Civil Veterinary Dept. Assam report 1927-50 - 1927-1950
Year: 1927
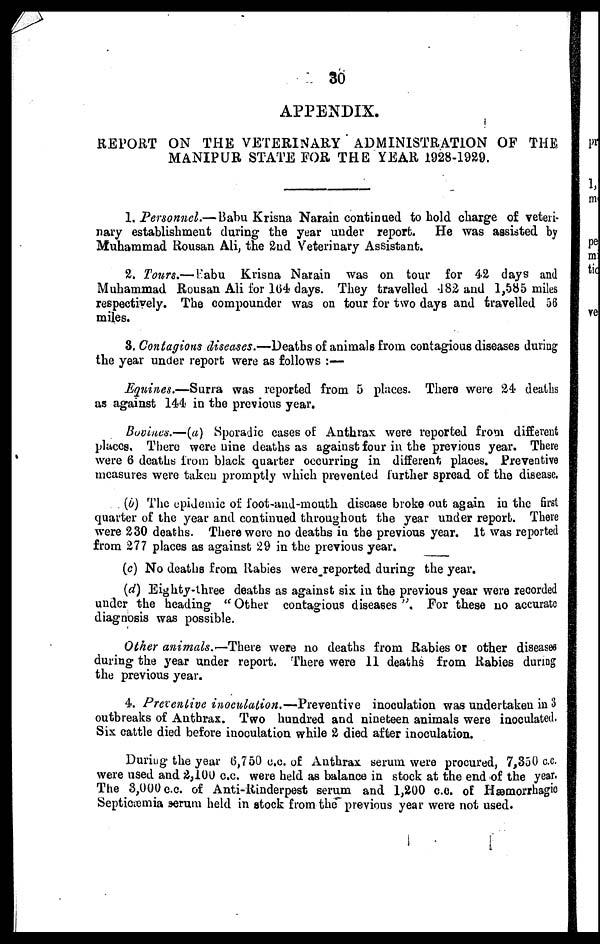
30
APPENDIX.
REPORT ON THE VETERINARY ADMINISTRATION OF THE
MANIPUR STATE FOR THE YEAR 1928-1929.
1. Personnel.—Babu Krisna Narain continued to hold charge of veteri-
nary establishment daring the year under report. He was assisted by
Muhammad Rousan Ali, the 2nd Veterinary Assistant.
2. Tours.— Babu Krisna Narain was on tour for 42 days and
Muhammad Rousan Ali for 164 days. They travelled 482 and 1,585 miles
respectively. The compounder was on tour for two days and travelled 56
miles.
8. Contagions diseases.—Deaths of animals from contagious diseases during
the year under report were as follows :—
Equines.—Surra was reported from 5 places. There were 24 deaths
as against 144 in the previous year.
Bovines.—(a) Sporadic cases of Anthrax were reported from different
places. There were nine deaths as against four in the previous year. There
were 6 deaths from black quarter occurring in different places. Preventive
measures were taken promptly which prevented further spread of the disease.
(b) The epidemic of foot-and-mouth disease broke out again in the first
quarter of the year and continued throughout the year under report. There
were 230 deaths. There were no deaths in the previous year. It was reported
from 277 places as against 29 in the previous year.
(c) No deaths from Rabies were reported during the year.
(d) Eighty-three deaths as against six in the previous year were recorded
under the heading "Other contagious diseases". For these no accurate
diagnosis was possible.
Other animals.—There were no deaths from Rabies or other diseases
during the year under report. There were 11 deaths from Rabies during
the previous year.
4. Preventive inoculation.—Preventive inoculation was undertaken in 3
outbreaks of Anthrax. Two hundred and nineteen animals were inoculated.
Six cattle died before inoculation while 2 died after inoculation.
Duriug the year 6,750 c.c. of Anthrax serum were procured, 7,850 c.c
were used and 2,100 c.c. were held as balance in stock at the end of the year.
The 3,000 c.c. of Anti-Rinderpest serum and 1,200 c.c. of Hæmorrhagic
Septicæmia serum held in stock from the previous year were not used.